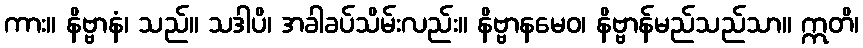
ကား။ နိဗ္ဗာနံ၊ သည်။ သဒါပိ၊ အခါခပ်သိမ်းလည်း။ နိဗ္ဗာနမေဝ၊ နိဗ္ဗာန်မည်သည်သာ။ ဣတိ၊